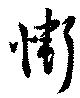
慚